Annual administration report of the Civil Veterinary Department of India - 1895-1896
Year: 1895
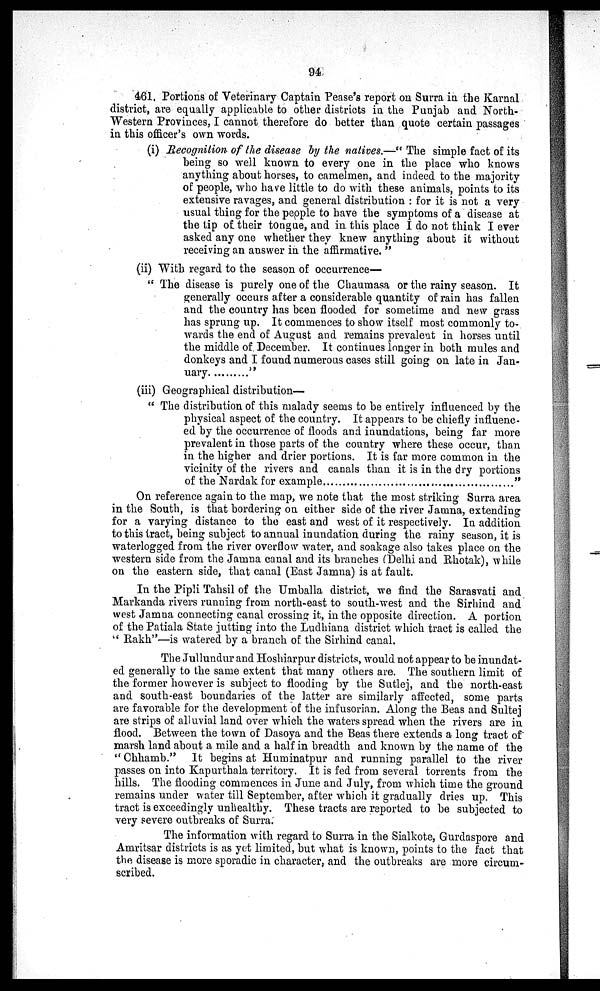
94
461, Portions of Veterinary Captain Pease's report on Surra in the Karnal
district, are equally applicable to other districts in the Punjab and North-
Western Provinces, I cannot therefore do better than quote certain passages
in this officer's own words.
(i) Recognition of the disease by the natives.—" The simple fact of its
being so well known to every one in the place who knows
anything about horses, to camelmen, and indeed to the majority
of people, who have little to do with these animals, points to its
extensive ravages, and general distribution: for it is not a very
usual thing for the people to have the symptoms of a disease at
the tip of their tongue, and in this place I do not think I ever
asked any one whether they knew anything about it without
receiving an answer in the affirmative."
(ii) With regard to the season of occurrence—
"The disease is purely one of the Chaumasa or the rainy season. It
generally occurs after a considerable quantity of rain has fallen
and the country has been flooded for sometime and new grass
has sprung up. It commences to show itself most commonly to-
wards the end of August and remains prevalent in horses until
the middle of December. It continues longer in both mules and
donkeys and I found numerous cases still going on late in Jan-
uary
"
(iii) Geographical distribution—
"The distribution of this malady seems to be entirely influenced by the
physical aspect of the country. It appears to be chiefly influenc-
ed by the occurrence of floods and inundations, being far more
prevalent in those parts of the country where these occur, than
in the higher and drier portions. It is far more common in the
vicinity of the rivers and canals than it is in the dry portions
of the Nardak for example
"
On reference again to the map, we note that the most striking Surra area
in the South, is that bordering on either side of the river Jamna, extending
for a varying distance to the east and west of it respectively. In addition
to this tract, being subject to annual inundation during the rainy season, it is
waterlogged from the river overflow water, and soakage also takes place on the
western side from the Jamna canal and its branches (Delhi and Rhotak), while
on the eastern side, that canal (East Jamna) is at fault.
In the Pipli Tahsil of the Umballa district, we find the Sarasvati and
Markanda rivers running from north-east to south-west and the Sirhind and
west Jamna connecting canal crossing it, in the opposite direction. A portion
of the Patiala State jutting into the Ludhiana district which tract is called the
"Rakh"—is watered by a branch of the Sirhind canal.
The Jullundur and Hoshiarpur districts, would not appear to be inundat-
ed generally to the same extent that many others are. The southern limit of
the former however is subject to flooding by the Sutlej, and the north-east
and south-east boundaries of the latter are similarly affected, some parts
are favorable for the development of the infusorian. Along the Beas and Sultej
are strips of alluvial land over which the waters spread when the rivers are in
flood. Between the town of Dasoya and the Beas there extends a long tract of
marsh land about a mile and a half in breadth and known by the name of the
"Chhamb." It begins at Huminatpur and running parallel to the river
passes on into Kapurthala territory. It is fed from several torrents from the
hills. The flooding commences in June and July, from which time the ground
remains under water till September, after which it gradually dries up. This
tract is exceedingly unhealthy. These tracts are reported to be subjected to
very severe outbreaks of Surra.
The information with regard to Surra in the Sialkote, Gurdaspore and
Amritsar districts is as yet limited, but what is known, points to the fact that
the disease is more sporadic in character, and the outbreaks are more circum-
scribed.